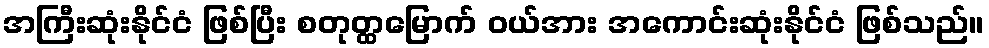
အကြီးဆုံးနိုင်ငံ ဖြစ်ပြီး စတုတ္ထမြောက် ဝယ်အား အကောင်းဆုံးနိုင်ငံ ဖြစ်သည်။